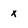
Character: x